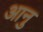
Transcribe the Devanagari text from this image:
आनु